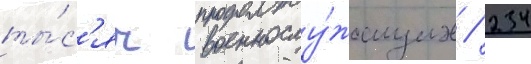
ты́с'яч военнослу́жащих / 234